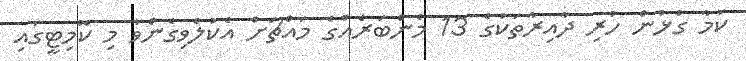
ކަމާ ގުޅުން ހުރި ދާއިރާތަކުގެ 13 މެންބަރެއްގެ މައްޗަށް އެކުލެވިގެންވާ މި ކޮމިޓީގައި